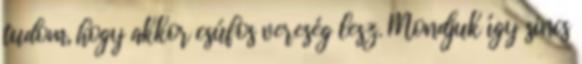
tudom, hogy akkor csúfos vereség lesz. Mondjuk így sincs